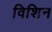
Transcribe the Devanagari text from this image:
विशिन